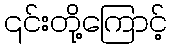
၎င်းတို့ကြောင့်